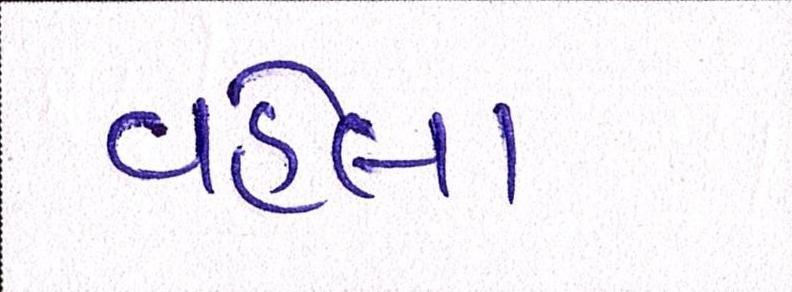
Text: વહેલા